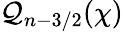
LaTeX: \mathcal{Q}_{n-3/2}(\chi)